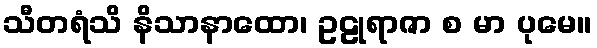
သီတရံသိ နိသာနာထော၊ ဥဠုရာဇာ စ မာ ပုမေ။